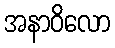
အနာဝိလော